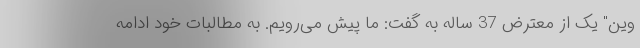
وین" یک از معترض 37 ساله به گفت: ما پیش می‌رویم. به مطالبات خود ادامه